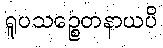
ရူပသဉ္စေတနာယပိ